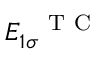
E _ { 1 \sigma } ^ { \mathrm { ~ \textbf ~ { ~ T ~ C ~ } ~ } }